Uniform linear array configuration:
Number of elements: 48
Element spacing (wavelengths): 0.75
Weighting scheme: cosine
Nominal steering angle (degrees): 45
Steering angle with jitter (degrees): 44.305
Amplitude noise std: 0.05
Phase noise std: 0.05

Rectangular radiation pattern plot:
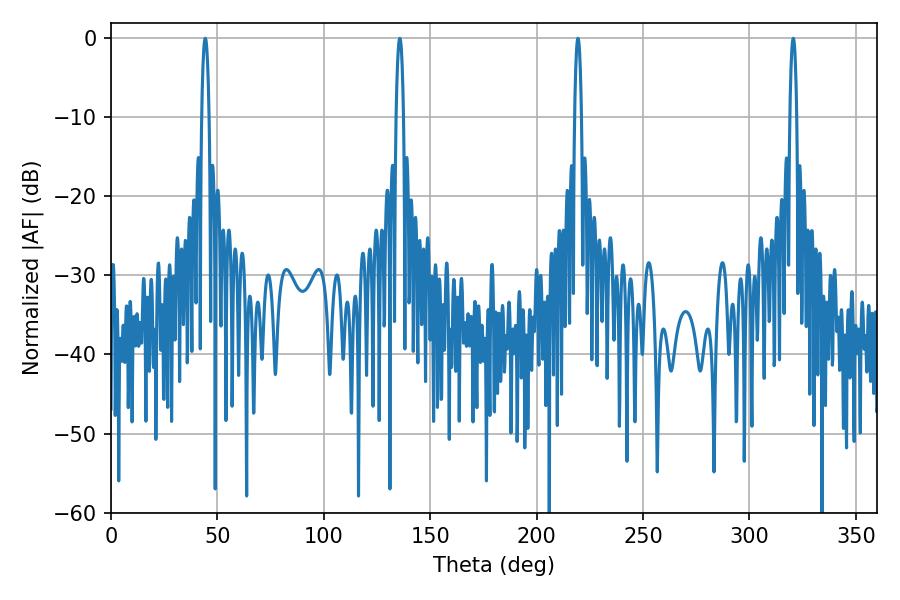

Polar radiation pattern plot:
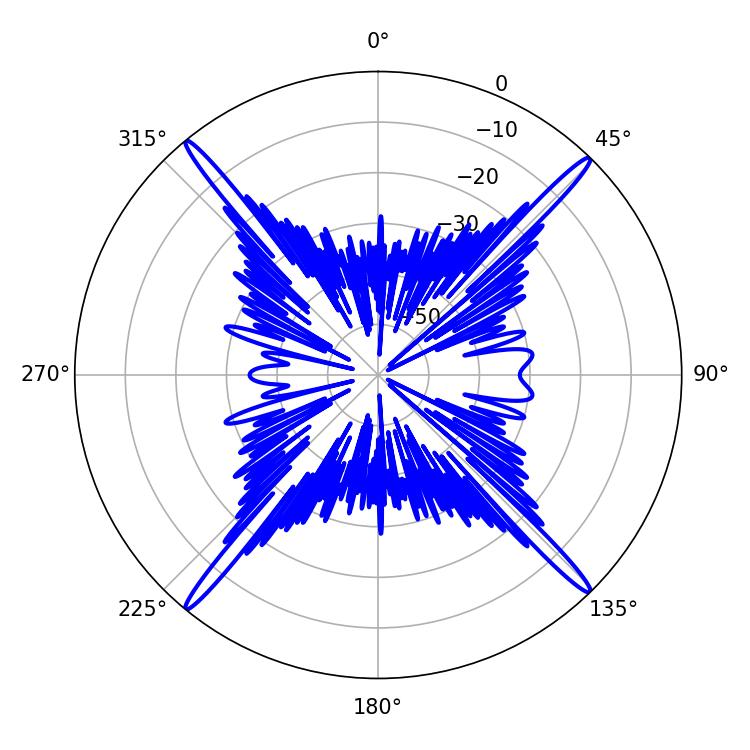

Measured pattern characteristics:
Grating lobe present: TRUE
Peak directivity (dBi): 23.589
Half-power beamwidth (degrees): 1.8
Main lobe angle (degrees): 219.42